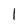
Character: l